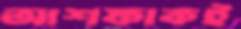
আশফাকই